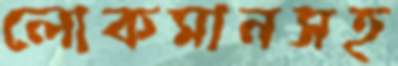
লোকমানসহ